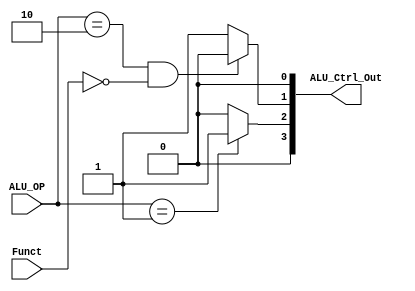
`timescale 1ns / 1ps

module ALU_ctrl(Funct, ALU_OP, ALU_Ctrl_Out);

   input [5:0] Funct;
	input [1:0] ALU_OP;
   output wire [3:0] ALU_Ctrl_Out;
	
	////  ALUOP  ////   ////  Function  ////
	//  R-type 10  //   //   add 100000   //
	//  beq    01  //   //   sub 100010   //
	//  else   00  //   //   slt 101010   //
	/////////////////   ////////////////////
	
	///  ALUOP  Function  ALU_Ctrl  ///
	//    10     000000     0000     //
	//    10     100000     0010     //
	//    10     100010     0110     //
	//    10     101010     0111     //
	//    01     XXXXXX     0110     //
	//    00     XXXXXX     0010     //
	///////////////////////////////////
	
	assign ALU_Ctrl_Out[3] = 1'b0;
	assign ALU_Ctrl_Out[2] = (ALU_OP == 2'b01)?1:(
																(ALU_OP == 2'b10 && (Funct == 100010 || Funct == 101010))?1:0
																
																
																
																);
	assign ALU_Ctrl_Out[1] = (ALU_OP == 2'b10 && Funct == 6'b000000)?0:1;
	assign ALU_Ctrl_Out[0] = (ALU_OP == 10 && Funct == 6'b101010)?1:0;
	
endmodule